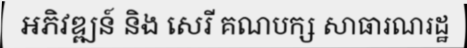
អភិវឌ្ឍន៍ និង សេរី គណបក្ស សាធារណរដ្ឋ